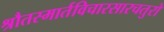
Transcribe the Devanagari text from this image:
श्रौतस्मार्तविचारसारचतुरो